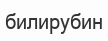
билирубин